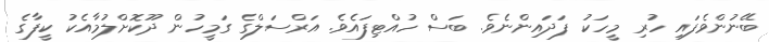
ބޭނުންވެފައި ހުރި މީހަކު ފަދައިންނެވެ. ބަސް ހުއްޓިފައެވެ. އަރްސަލްގެ ގަމީހުން ދޫކޮށްލުމާއެކު ކީފާގެ